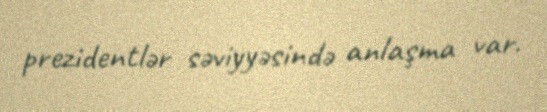
prezidentlər səviyyəsində anlaşma var.